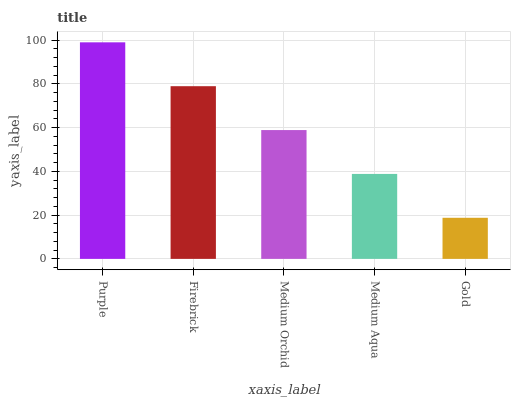
| xaxis_label | bars |
 | --- | --- |
 | Purple | 99 |
 | Firebrick | 78.9 |
 | Medium Orchid | 58.9 |
 | Medium Aqua | 38.8 |
 | Gold | 18.8 |